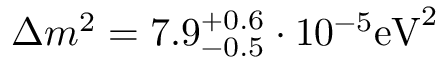
\Delta { m ^ { 2 } } = 7 . 9 _ { - 0 . 5 } ^ { + 0 . 6 } \cdot 1 0 ^ { - 5 } { \mathrm { e V } } ^ { 2 }